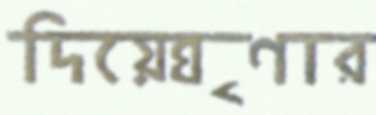
দিয়েঘৃণার